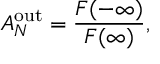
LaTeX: { \cal A } _ { N } ^ { \mathrm { o u t } } = { \frac { { \cal F } ( - \infty ) } { { \cal F } ( \infty ) } } ,